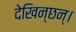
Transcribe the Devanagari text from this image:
देखिन्छन्।